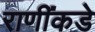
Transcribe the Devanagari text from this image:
राणींकडे